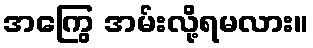
အကြွေ အမ်းလို့ရမလား။